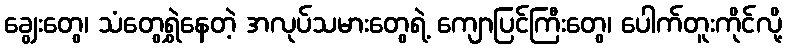
ချွေးတွေ၊ သံတွေရွှဲနေတဲ့ အလုပ်သမားတွေရဲ့ ကျောပြင်ကြီးတွေ၊ ပေါက်တူးကိုင်လို့